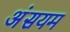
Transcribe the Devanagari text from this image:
अंसयम